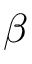
\beta